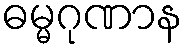
ဓမ္မဂုဏာန